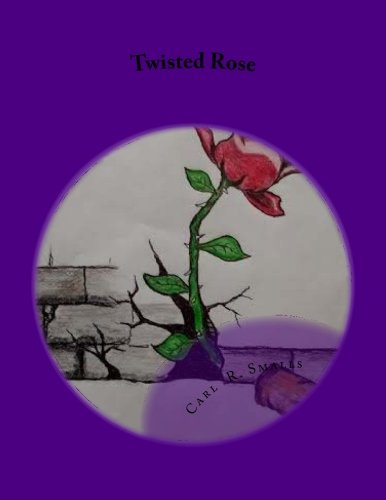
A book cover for Twisted Rose; Carl R Smalls; Parenting & Relationships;